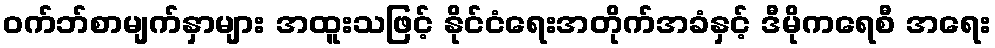
ဝက်ဘ်စာမျက်နှာများ အထူးသဖြင့် နိုင်ငံရေးအတိုက်အခံနှင့် ဒီမိုကရေစီ အရေး